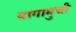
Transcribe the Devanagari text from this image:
यागामुची